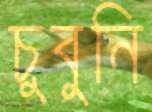
চুবুনি